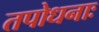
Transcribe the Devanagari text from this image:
तपोधनाः